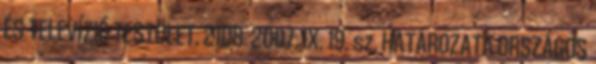
ÉS TELEVÍZIÓ TESTÜLET. 2108 2007. IX. 19. sz. HATÁROZATA ORSZÁGOS